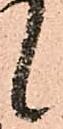
候